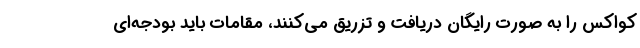
کواکس را به صورت رایگان دریافت و تزریق می‌کنند، مقامات باید بودجه‌ای